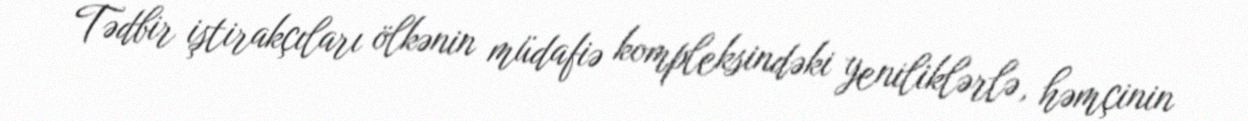
Tədbir iştirakçıları ölkənin müdafiə kompleksindəki yeniliklərlə, həmçinin